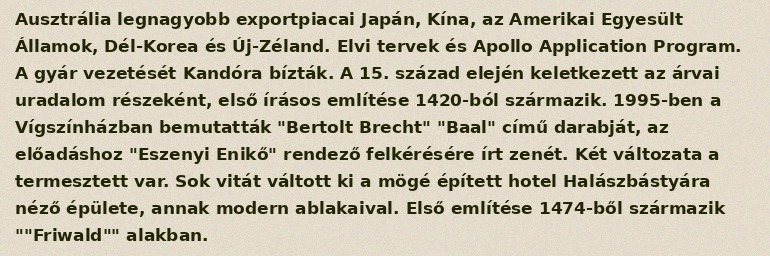
Ausztrália legnagyobb exportpiacai Japán, Kína, az Amerikai Egyesült Államok, Dél-Korea és Új-Zéland. Elvi tervek és Apollo Application Program. A gyár vezetését Kandóra bízták. A 15. század elején keletkezett az árvai uradalom részeként, első írásos említése 1420-ból származik. 1995-ben a Vígszínházban bemutatták "Bertolt Brecht" "Baal" című darabját, az előadáshoz "Eszenyi Enikő" rendező felkérésére írt zenét. Két változata a termesztett var. Sok vitát váltott ki a mögé épített hotel Halászbástyára néző épülete, annak modern ablakaival. Első említése 1474-ből származik ""Friwald"" alakban.